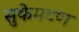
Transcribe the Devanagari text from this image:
सुकेमटण